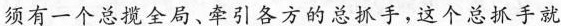
须有一个总揽全局、牵引各方的总抓手，这个总抓手就